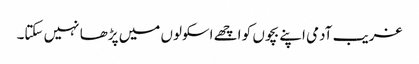
غریب آدمی اپنے بچوں کو اچھے اسکولوں میں پڑھا نہیں سکتا۔